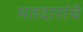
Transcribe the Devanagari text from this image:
मतदारांचे